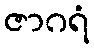
ဇာဂရံ